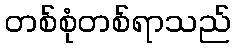
တစ်စုံတစ်ရာသည်